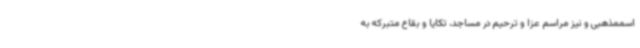
اسممذهبی و نیز مراسم عزا و ترحیم در مساجد، تکایا و بقاع متبرکه به